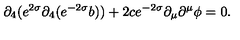
\partial _ { 4 } ( e ^ { 2 \sigma } \partial _ { 4 } ( e ^ { - 2 \sigma } b ) ) + 2 c e ^ { - 2 \sigma } \partial _ { \mu } \partial ^ { \mu } \phi = 0 .